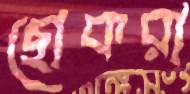
ছোকরা